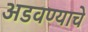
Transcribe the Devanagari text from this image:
अडवण्याचे